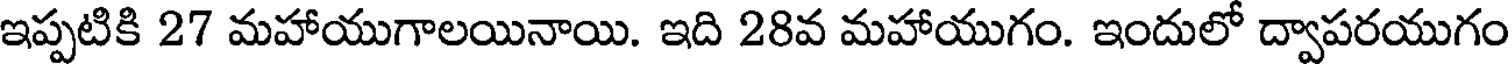
ఇప్పటికి 27 మహాయుగాలయినాయి. ఇది 28వ మహాయుగం. ఇందులో ద్వాపరయుగం